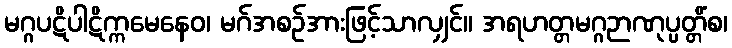
မဂ္ဂပဋိပါဋိက္ကမေနေဝ၊ မဂ်အစဉ်အားဖြင့်သာလျှင်။ အရဟတ္တမဂ္ဂဉာဏုပ္ပတ္တိံစ၊